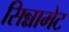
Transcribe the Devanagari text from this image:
सिन्नामेट